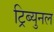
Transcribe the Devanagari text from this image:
ट्रिब्युनल